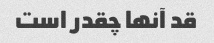
قد آنها چقدر است